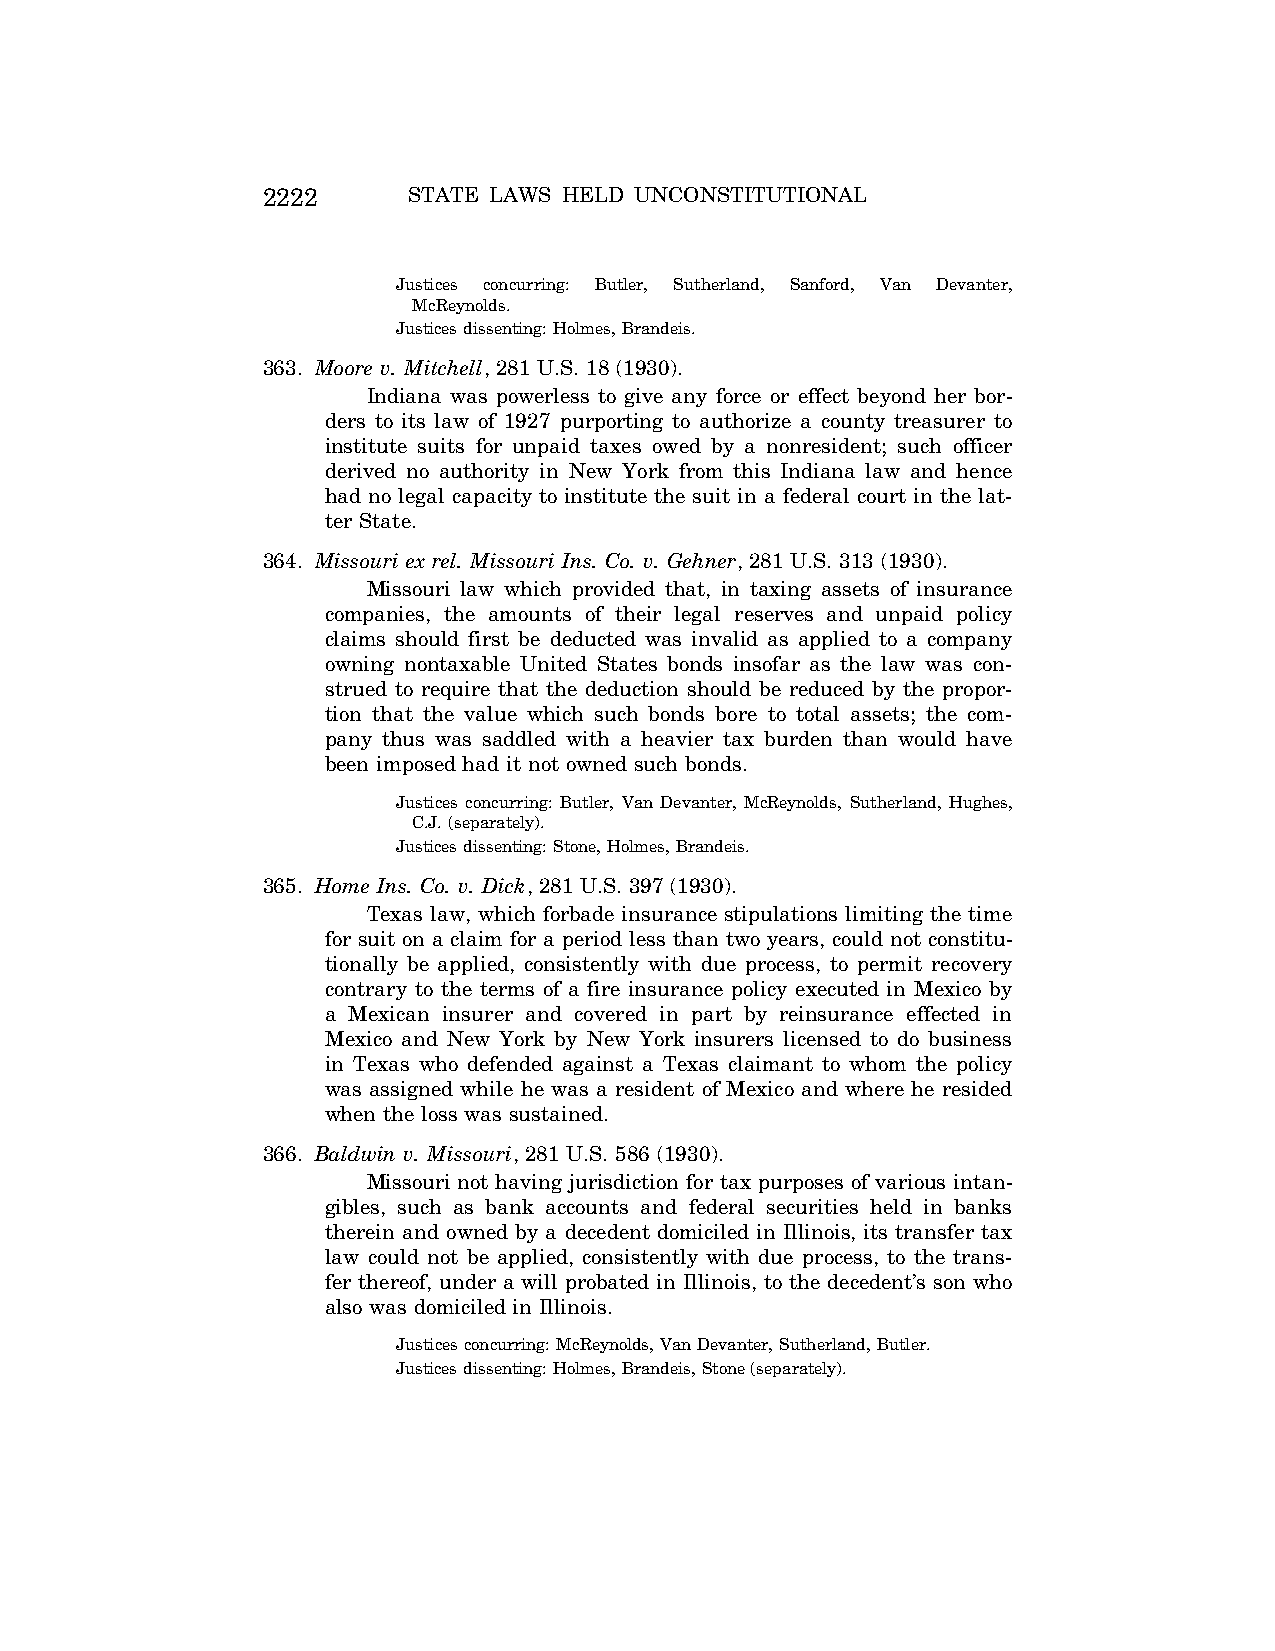
2222      STATE LAWS HELD UNCONSTITUTIONAL
 Justices concurring: Butler, Sutherland, Sanford, Van Devanter,
 McReynolds.
 Justices dissenting: Holmes, Brandeis.
 363. Moore v. Mitchell, 281 U.S. 18 (1930).
 Indiana was powerless to give any force or effect beyond her bor-
 ders to its law of 1927 purporting to authorize a county treasurer to
 institute suits for unpaid taxes owed by a nonresident; such officer
 derived no authority in New York from this Indiana law and hence
 had no legal capacity to institute the suit in a federal court in the lat-
 ter State.
 364. Missouri ex rel. Missouri Ins. Co. v. Gehner, 281 U.S. 313 (1930).
 Missouri law which provided that, in taxing assets of insurance
 companies, the amounts of their legal reserves and unpaid policy
 claims should first be deducted was invalid as applied to a company
 owning nontaxable United States bonds insofar as the law was con-
 strued to require that the deduction should be reduced by the propor-
 tion that the value which such bonds bore to total assets; the com-
 pany thus was saddled with a heavier tax burden than would have
 been imposed had it not owned such bonds.
 Justices concurring: Butler, Van Devanter, McReynolds, Sutherland, Hughes,
 C.J. (separately).
 Justices dissenting: Stone, Holmes, Brandeis.
 365. Home Ins. Co. v. Dick, 281 U.S. 397 (1930).
 Texas law, which forbade insurance stipulations limiting the time
 for suit on a claim for a period less than two years, could not constitu-
 tionally be applied, consistently with due process, to permit recovery
 contrary to the terms of a fire insurance policy executed in Mexico by
 a Mexican insurer and covered in part by reinsurance effected in
 Mexico and New York by New York insurers licensed to do business
 in Texas who defended against a Texas claimant to whom the policy
 was assigned while he was a resident of Mexico and where he resided
 when the loss was sustained.
 366. Baldwin v. Missouri, 281 U.S. 586 (1930).
 Missouri not having jurisdiction for tax purposes of various intan-
 gibles, such as bank accounts and federal securities held in banks
 therein and owned by a decedent domiciled in Illinois, its transfer tax
 law could not be applied, consistently with due process, to the trans-
 fer thereof, under a will probated in Illinois, to the decedent’s son who
 also was domiciled in Illinois.
 Justices concurring: McReynolds, Van Devanter, Sutherland, Butler.
 Justices dissenting: Holmes, Brandeis, Stone (separately).
 VerDate Aug<04>2004 12:57 Aug 23, 2004 Jkt 077500 PO 00000 Frm 00062 Fmt 8222 Sfmt 8222 C:\CONAN\CON064.SGM PRFM99 PsN: CON064